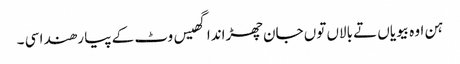
ہن اوہ بیویاں تے بالاں توں جان چھڑاندا گھیس وٹ کے پیا رھندا سی ۔